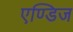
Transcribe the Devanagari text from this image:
एण्डिज